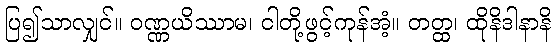
ပြ၍သာလျှင်။ ဝဏ္ဏယိဿာမ၊ ငါတို့ဖွင့်ကုန်အံ့။ တတ္ထ၊ ထိုနိဒါနာနိ